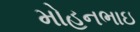
મોહનભાઇ